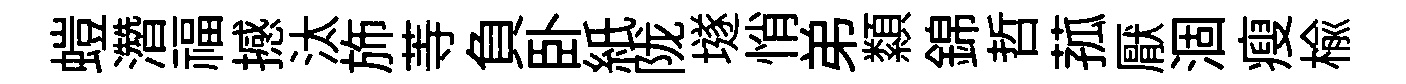
螘濳福撼汰斾䓁負卧紙陇𡑞悄弟纇錦哲菰厭涸瘦楡